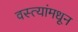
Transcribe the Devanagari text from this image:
वस्त्यांमधून